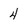
Character: 4